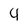
Character: 4